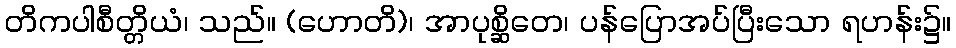
တိကပါစီတ္တိယံ၊ သည်။ (ဟောတိ)၊ အာပုစ္ဆိတေ၊ ပန်ပြောအပ်ပြီးသော ရဟန်း၌။